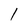
Character: 1